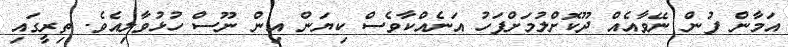
އަމާން ފުން ނޭވާއެއް ދޫކޮށްލުމަށްފަހު އަނެއްކާވެސް ކިޔަން އިން ނޫސް ހުޅުވާލިއެވެ. ތިރީގައި